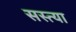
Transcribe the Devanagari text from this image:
सस्त्या